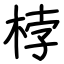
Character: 桲